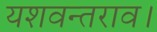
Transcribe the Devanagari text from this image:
यशवन्तराव।